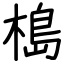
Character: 槝